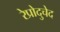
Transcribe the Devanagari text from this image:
रेप्रोदुचेद